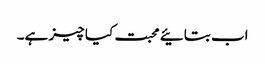
اب بتائیے محبت کیا چیز ہے۔